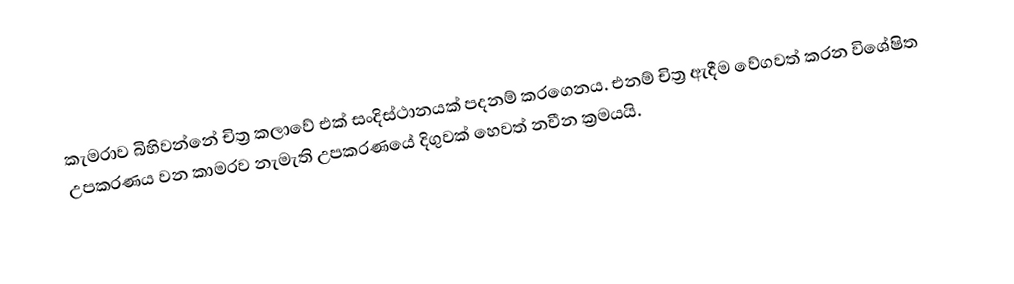
කැමරාව බිහිවන්නේ චිත්‍ර කලාවේ එක් සංදිස්ථානයක් පදනම් කරගෙනය. එනම් චිත්‍ර ඇදීම වේගවත් කරන විශේෂිත උපකරණය වන කාමරව නැමැති උපකරණයේ දිගුවක් හෙවත් නවීන ක්‍රමයයි.